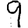
Digit: 9